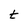
Character: t